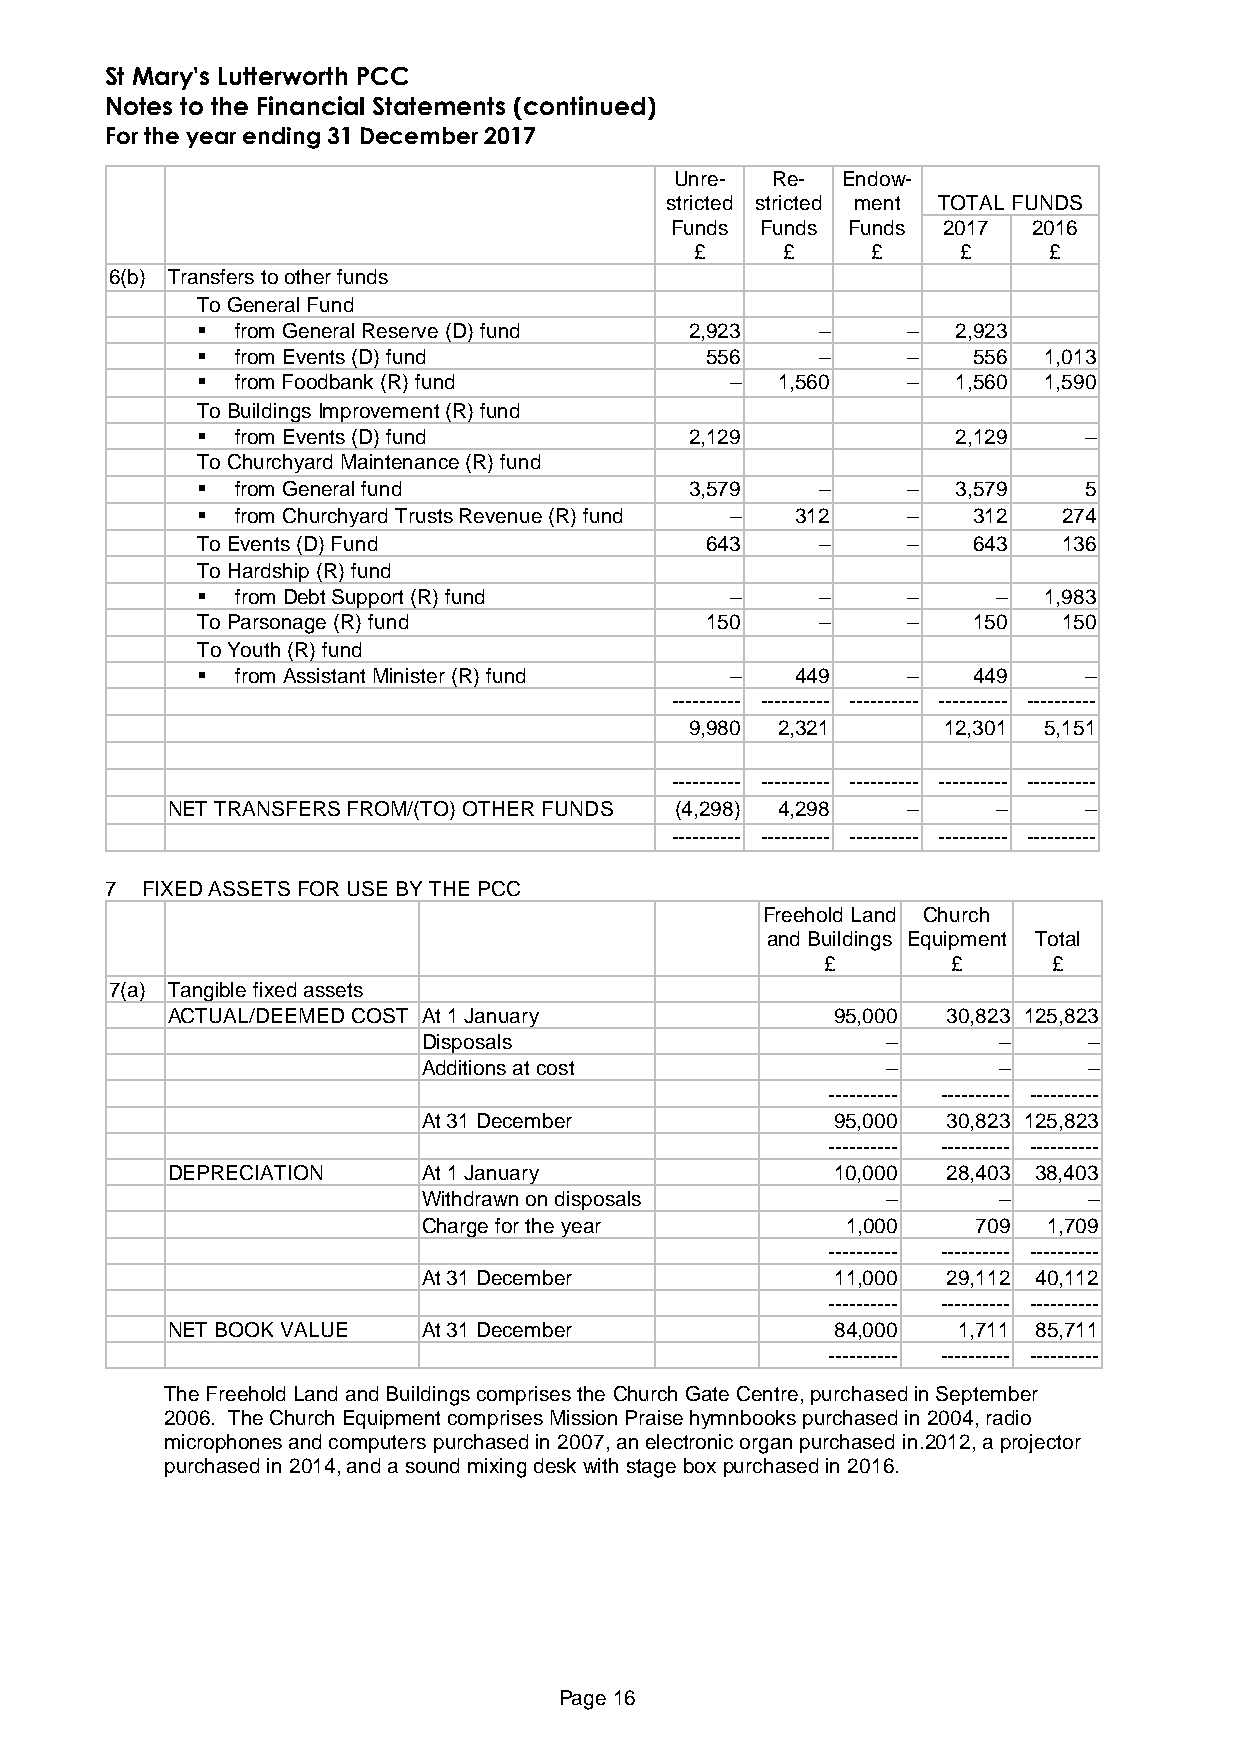
St Mary's Lutterworth PCC
 Notes to the Financial Statements (continued)
 For the year ending 31 December 2017
 Unre- Re-  Endow-
 stricted stricted ment TOTAL FUNDS
 Funds Funds Funds 2017  2016
 £     £     £     £    £
 6(b) Transfers to other funds
 To General Fund
   from General Reserve (D) fund 2,923   –     –  2,923
   from Events (D) fund           556    –     –   556  1,013
   from Foodbank (R) fund          –  1,560    –  1,560 1,590
 To Buildings Improvement (R) fund
   from Events (D) fund          2,129            2,129    –
 To Churchyard Maintenance (R) fund
   from General fund             3,579   –     –  3,579    5
   from Churchyard Trusts Revenue (R) fund – 312 – 312   274
 To Events (D) Fund                643    –     –   643   136
 To Hardship (R) fund
   from Debt Support (R) fund      –     –     –     –  1,983
 To Parsonage (R) fund             150    –     –   150   150
 To Youth (R) fund
   from Assistant Minister (R) fund –   449    –   449     –
 ---------- ---------- ---------- ---------- ----------
 9,980 2,321     12,301 5,151
 ---------- ---------- ---------- ---------- ----------
 NET TRANSFERS FROM/(TO) OTHER FUNDS (4,298) 4,298 –    –     –
 ---------- ---------- ---------- ---------- ----------
 7 FIXED ASSETS FOR USE BY THE PCC
 Freehold Land Church
 and Buildings Equipment Total
 £       £      £
 7(a) Tangible fixed assets
 ACTUAL/DEEMED COST At 1 January             95,000  30,823 125,823
 Disposals                      –      –     –
 Additions at cost              –      –     –
 ---------- ---------- ----------
 At 31 December             95,000  30,823 125,823
 ---------- ---------- ----------
 DEPRECIATION     At 1 January               10,000  28,403 38,403
 Withdrawn on disposals         –      –     –
 Charge for the year         1,000    709 1,709
 ---------- ---------- ----------
 At 31 December             11,000  29,112 40,112
 ---------- ---------- ----------
 NET BOOK VALUE   At 31 December             84,000  1,711 85,711
 ---------- ---------- ----------
 The Freehold Land and Buildings comprises the Church Gate Centre, purchased in September
 2006. The Church Equipment comprises Mission Praise hymnbooks purchased in 2004, radio
 microphones and computers purchased in 2007, an electronic organ purchased in.2012, a projector
 purchased in 2014, and a sound mixing desk with stage box purchased in 2016.
 Page 16